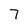
Character: 7